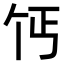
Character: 𫡔